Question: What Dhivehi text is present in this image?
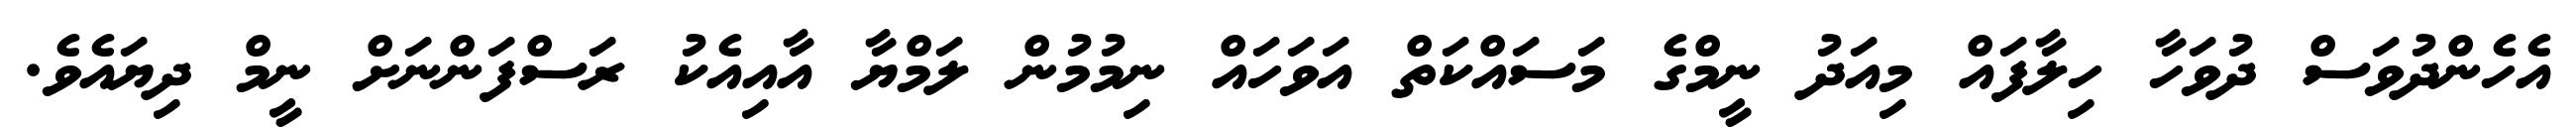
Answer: އެހެންދުވަސް ދުވަހާ ހިލާފައް މިއަދު ނީމްގެ މަސައްކަތް އަވަހައް ނިމުމުން ލަމްޔާ އާއިއެކު ރަސްފަންނަށް ނީމް ދިޔައެވެ.